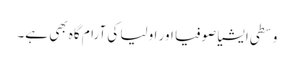
وسطی ایشیا صوفیا اور اولیا کی آرام گاہ بھی ہے۔